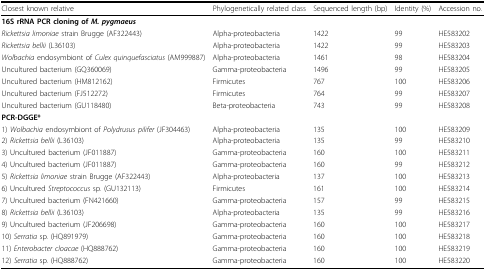
<table><thead><tr><td><b>Closest known relative</b></td><td><b>Phylogenetically related class</b></td><td><b>Sequenced length (bp)</b></td><td><b>Identity (%)</b></td><td><b>Accession no.</b></td></tr></thead><tbody><tr><td><b>16S rRNA PCR cloning of </b><i><b>M. pygmaeus</b></i></td><td></td><td></td><td></td><td></td></tr><tr><td><i>Rickettsia limoniae</i> strain Brugge (AF322443)</td><td>Alpha-proteobacteria</td><td>1422</td><td>99</td><td>HE583202</td></tr><tr><td><i>Rickettsia bellii</i> (L36103)</td><td>Alpha-proteobacteria</td><td>1422</td><td>99</td><td>HE583203</td></tr><tr><td><i>Wolbachia</i> endosymbiont of <i>Culex quinquefasciatus</i> (AM999887)</td><td>Alpha-proteobacteria</td><td>1461</td><td>98</td><td>HE583204</td></tr><tr><td>Uncultured bacterium (GQ360069)</td><td>Gamma-proteobacteria</td><td>1496</td><td>99</td><td>HE583205</td></tr><tr><td>Uncultured bacterium (HM812162)</td><td>Firmicutes</td><td>767</td><td>100</td><td>HE583206</td></tr><tr><td>Uncultured bacterium (FJ512272)</td><td>Firmicutes</td><td>764</td><td>99</td><td>HE583207</td></tr><tr><td>Uncultured bacterium (GU118480)</td><td>Beta-proteobacteria</td><td>743</td><td>99</td><td>HE583208</td></tr><tr><td><b>PCR-DGGE*</b></td><td></td><td></td><td></td><td></td></tr><tr><td>1) <i>Wolbachia</i> endosymbiont of <i>Polydrusus pilifer</i> (JF304463)</td><td>Alpha-proteobacteria</td><td>135</td><td>100</td><td>HE583209</td></tr><tr><td>2) <i>Rickettsia bellii</i> (L36103)</td><td>Alpha-proteobacteria</td><td>135</td><td>99</td><td>HE583210</td></tr><tr><td>3) Uncultured bacterium (JF011887)</td><td>Gamma-proteobacteria</td><td>160</td><td>100</td><td>HE583211</td></tr><tr><td>4) Uncultured bacterium (JF011887)</td><td>Gamma-proteobacteria</td><td>160</td><td>99</td><td>HE583212</td></tr><tr><td>5) <i>Rickettsia limoniae</i> strain Brugge (AF322443)</td><td>Alpha-proteobacteria</td><td>137</td><td>100</td><td>HE583213</td></tr><tr><td>6) Uncultured <i>Streptococcus</i> sp. (GU132113)</td><td>Firmicutes</td><td>161</td><td>100</td><td>HE583214</td></tr><tr><td>7) Uncultured bacterium (FN421660)</td><td>Gamma-proteobacteria</td><td>157</td><td>99</td><td>HE583215</td></tr><tr><td>8) <i>Rickettsia bellii</i> (L36103)</td><td>Alpha-proteobacteria</td><td>135</td><td>99</td><td>HE583216</td></tr><tr><td>9) Uncultured bacterium (JF206698)</td><td>Gamma-proteobacteria</td><td>160</td><td>100</td><td>HE583217</td></tr><tr><td>10) <i>Serratia</i> sp. (HQ891979)</td><td>Gamma-proteobacteria</td><td>160</td><td>100</td><td>HE583218</td></tr><tr><td>11) <i>Enterobacter cloacae</i> (HQ888762)</td><td>Gamma-proteobacteria</td><td>160</td><td>100</td><td>HE583219</td></tr><tr><td>12) <i>Serratia</i> sp. (HQ888762)</td><td>Gamma-proteobacteria</td><td>160</td><td>100</td><td>HE583220</td></tr></tbody></table>